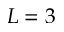
L = 3